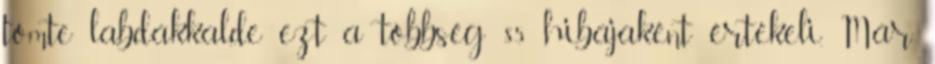
tömte labdákkal,de ezt a többség 85 hibájaként értékeli. Már